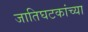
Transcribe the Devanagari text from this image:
जातिघटकांच्या